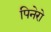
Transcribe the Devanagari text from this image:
पिनेरो